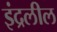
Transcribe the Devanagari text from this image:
इंद्रलील